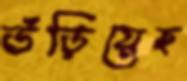
উড়িয়েছ